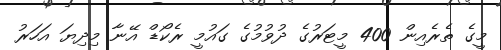
މީގެ ތެރެއިން 400 މީޓަރުގެ ދުވުމުގެ ގައުމީ ރެކޯޑް އޭނާ މިދިޔަ އަހަރު